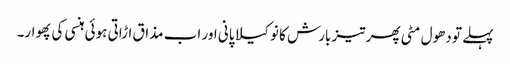
پہلے تو دھول مٹی پھر تیز بارش کا نوکیلا پانی اور اب مذاق اڑاتی ہوئی ہنسی کی پھوار۔